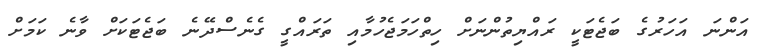
އަންނަ އަހަރުގެ ބަޖެޓަކީ ރައްޔިތުންނަށް ހިތްހަމަޖެހުމާއި ތަރައްގީ ގެނެސްދޭނެ ބަޖެޓަކަށް ވާނެ ކަމަށް